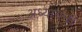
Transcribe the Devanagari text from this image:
अध्यायन।